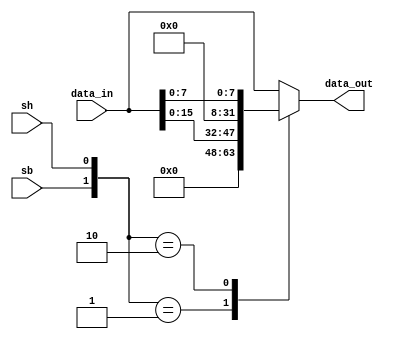
`timescale 1ns/1ps

module Store_Unit(
    input wire [31:0] data_in,
    input wire sb,
    input wire sh,
   output reg [31:0] data_out
);
    
    always @(*) begin
        casez({sb, sh}) 
            2'b00: data_out = data_in;                 // sw
            2'b01: data_out = {16'd0, data_in[15:0]};   // sh
            2'b10: data_out = {24'd0, data_in[7:0]};    // sb
            default: data_out = data_in;
        endcase
    end

endmodule